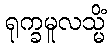
ရုက္ခမူလသ္မိံ